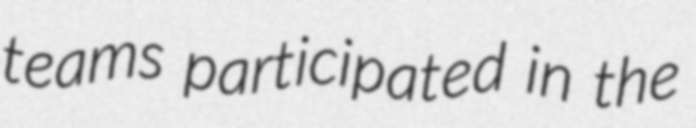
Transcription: teams participated in the